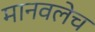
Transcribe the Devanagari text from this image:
मानवलेच